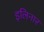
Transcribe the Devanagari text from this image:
इलिनार